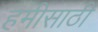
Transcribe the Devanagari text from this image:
हमीसाठी